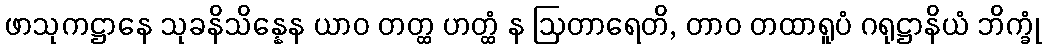
ဖာသုကဋ္ဌာနေ သုခနိသိန္နေန ယာဝ တတ္ထ ဟတ္ထံ န ဩတာရေတိ, တာဝ တထာရူပံ ဂရုဋ္ဌာနိယံ ဘိက္ခုံ